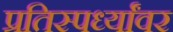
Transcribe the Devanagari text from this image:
प्रतिस्पर्ध्यांवर